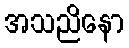
အသညိနော